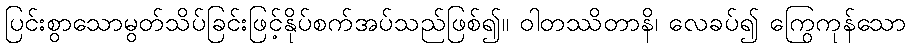
ပြင်းစွာသောမွတ်သိပ်ခြင်းဖြင့်နိုပ်စက်အပ်သည်ဖြစ်၍။ ဝါတဿိတာနိ၊ လေခပ်၍ ကြွေကုန်သော